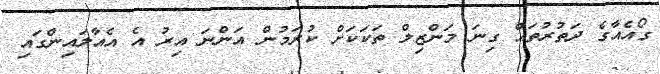
ގޯއެއާގެ ދަތުރުތައް ގިނަ މަންޒިލް ތަކަކަށް ކުރަމުން އަންނަ އިރު އެ އެއާލައިންގައި